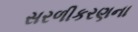
સરળીકરણના